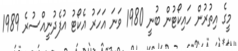
މީގެ އިތުރުން ހައިކޯޓުން ބުނީ 1980 ވަނަ އަހަރު އެކޯޓު އުފެދުނީއްސުރެ 1989